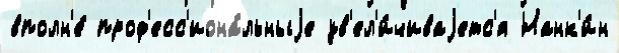
вполн'е́ проф'есс'иона́льныjе ув'ел'и́чиваjетс'я Нанк'и́н